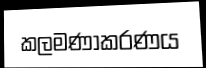
කලමණාකරණය